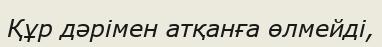
Құр дәрімен атқанға өлмейді,